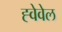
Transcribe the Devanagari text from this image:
ह्वेवेल